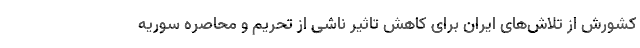
کشورش از تلاش‌های ایران برای کاهش تاثیر ناشی از تحریم و محاصره سوریه